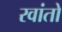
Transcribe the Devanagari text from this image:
रवांतो